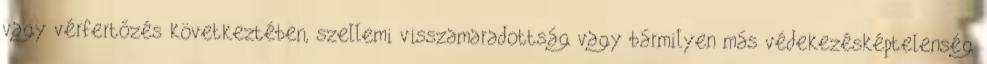
vagy vérfertőzés következtében, szellemi visszamaradottság vagy bármilyen más védekezésképtelenség